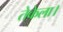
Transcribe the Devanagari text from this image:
तेकेला।